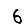
Digit: 6